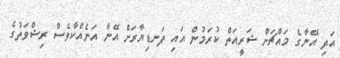
އަދި އޭނާގެ މައްޗަށް ޝަރީއަތް ކުރަމުން އައި ފަނޑިޔާރަށް އޭނާ އަނެއްކާވެސް ރިޝްވަތުގެ